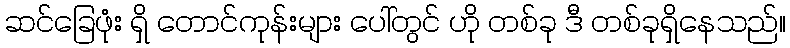
ဆင်ခြေဖုံး ရှိ တောင်ကုန်းများ ပေါ်တွင် ဟို တစ်ခု ဒီ တစ်ခုရှိနေသည်။